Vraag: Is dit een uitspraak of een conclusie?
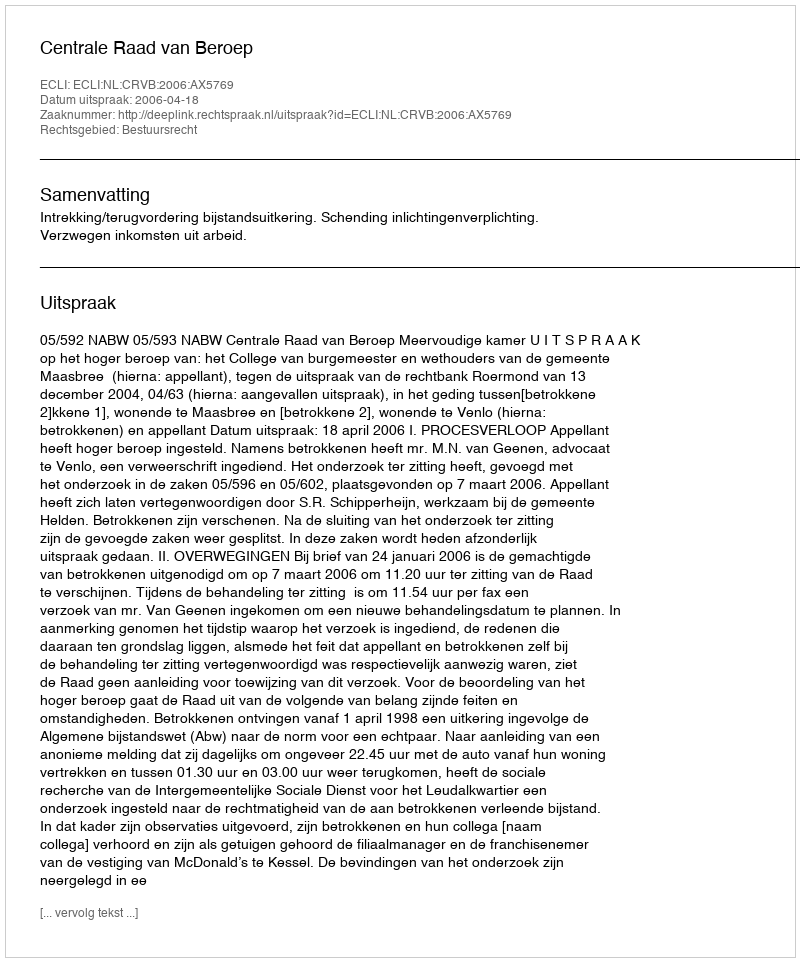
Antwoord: Uitspraak